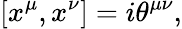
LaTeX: [x^{\mu},x^{\nu}]=i\theta^{\mu\nu},